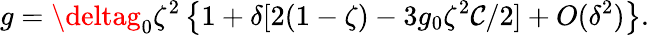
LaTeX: g=\deltag_{0}\zeta^{2}\left\{ 1+\delta[2(1-\zeta)-3g_{0}\zeta^{2}\mathcal{C}/2]+O(\delta^{2})\right\} .